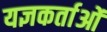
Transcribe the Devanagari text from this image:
यज्ञकर्ताओं